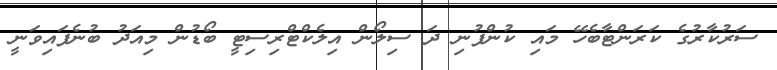
ސަރުކާރުގެ ކަރަންޓާބެހޭ މައި ކުންފުނި ދަ ސިލޯން އިލެކްޓްރިސިޓީ ބޯޑުން މިއަދު ބުނެފައިވަނީ